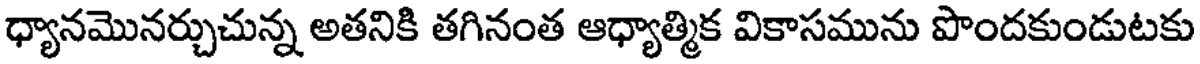
ధ్యానమొనర్చుచున్న అతనికి తగినంత ఆధ్యాత్మిక వికాసమును పొందకుండుటకు